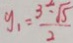
y _ { 1 } = \frac { 3 \div \sqrt { 5 } } { 2 }